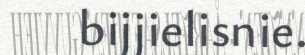
bijjielisnie.